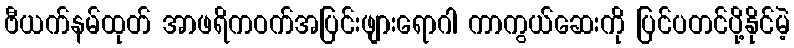
ဗီယက်နမ်ထုတ် အာဖရိကဝက်အပြင်းဖျားရောဂါ ကာကွယ်ဆေးကို ပြင်ပတင်ပို့နိုင်မဲ့